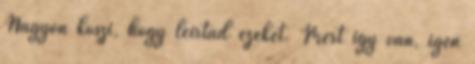
Nagyon köszi, hogy leírtad ezeket. Mert így van, igen